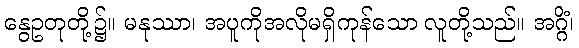
နွေဥတုတို့၌။ မနုဿာ၊ အပူကိုအလိုမရှိကုန်သော လူတို့သည်။ အဂ္ဂိံ၊